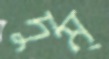
দুম্